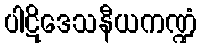
ပါဋိဒေသနီယကဏ္ဍံ